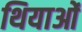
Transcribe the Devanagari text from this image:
थियाओं